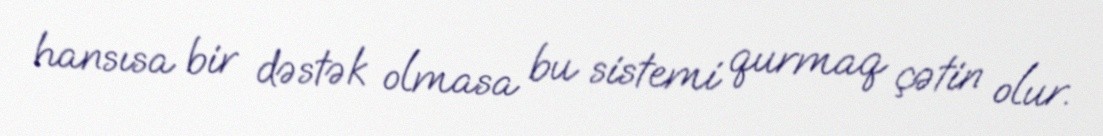
hansısa bir dəstək olmasa bu sistemi qurmaq çətin olur.